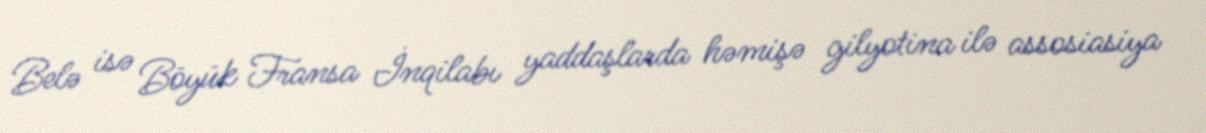
Belə isə Böyük Fransa İnqilabı yaddaşlarda həmişə gilyotina ilə assosiasiya